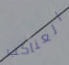
العناكب